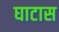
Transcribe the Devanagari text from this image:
घाटास